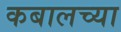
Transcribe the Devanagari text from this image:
कबालच्या